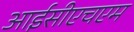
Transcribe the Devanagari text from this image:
आईसीएचएम